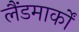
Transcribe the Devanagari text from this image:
लैंडमार्कों